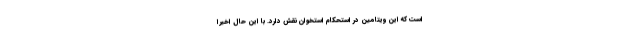
است که این ویتامین در استحکام استخوان نقش دارد. با این حال اخیرا